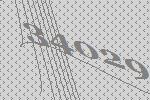
34029